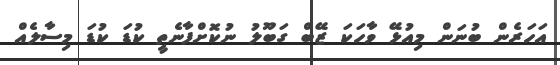
އަހަރެން ބުނަން މިއުޅޭ ވާހަކަ ޒޭބް ގަބޫލު ނުކޮށްފާނެތީ ކުޑަ ކުޑަ މިސާލެއް